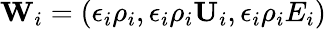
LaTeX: \textbf{W}_{i}=\left(\epsilon_{i}\rho_{i},\epsilon_{i}\rho_{i}\textbf{U}_{i},\epsilon_{i}\rho_{i}E_{i}\right)